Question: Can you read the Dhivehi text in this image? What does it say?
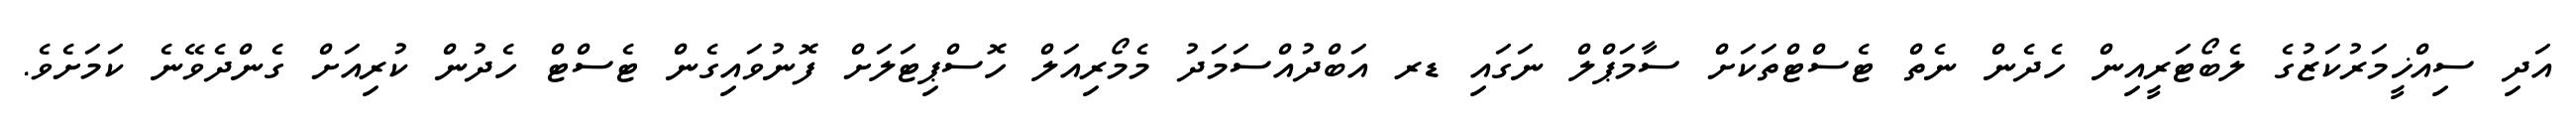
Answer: އަދި ސިއްޚީމަރުކަޒުގެ ލެބޯޓަރީއިން ހެދެން ނެތް ޓެސްޓްތަކަށް ސާމަޕްލް ނަގައި ޑރ އަބްދުއްސަމަދު މެމޯރިއަލް ހޮސްޕިޓަލަށް ފޮނުވައިގެން ޓެސްޓް ހެދުން ކުރިއަށް ގެންދެވޭނެ ކަމަށެވެ.